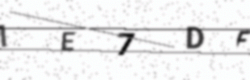
Text: IE7DF